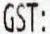
GST: